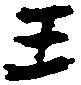
王